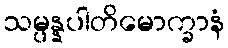
သမ္ပန္နပါတိမောက္ခာနံ